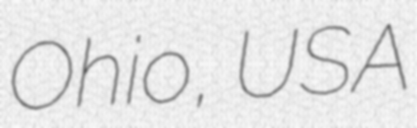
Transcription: Ohio, USA